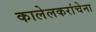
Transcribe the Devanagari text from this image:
कालेलकरांचेना